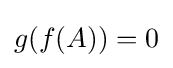
g(f(A))=0